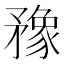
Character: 䂊